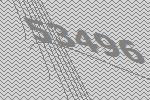
53496